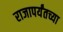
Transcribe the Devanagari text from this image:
राजापर्यंतच्या